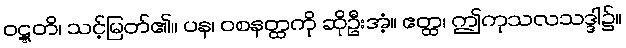
ဝဋ္ဋတိ၊ သင့်မြတ်၏။ ပန၊ ဝစနတ္ထကို ဆိုဦးအံ့။ ဧတ္ထ၊ ဤကုသလသဒ္ဒါ၌။